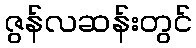
ဇွန်လဆန်းတွင်